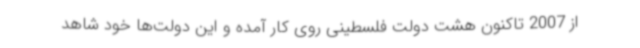
از 2007 تاکنون هشت دولت فلسطینی روی کار آمده و این دولت‌ها خود شاهد